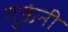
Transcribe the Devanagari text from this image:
गुऊंनी